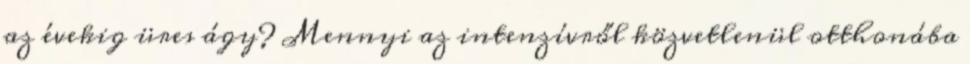
az évekig üres ágy? Mennyi az intenzívről közvetlenül otthonába